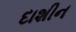
દાશીન